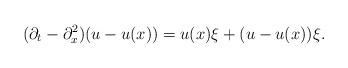
LaTeX: \begin{align*}(\partial_t-\partial_x^2)(u-u(x)) = u(x)\xi + (u-u(x))\xi.\end{align*}